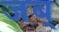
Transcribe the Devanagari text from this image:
जब्